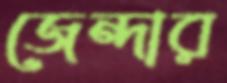
জেন্দার